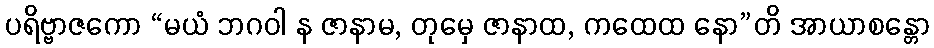
ပရိဗ္ဗာဇကော “မယံ ဘဂဝါ န ဇာနာမ, တုမှေ ဇာနာထ, ကထေထ နော”တိ အာယာစန္တော